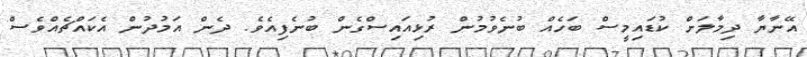
އޭނާޔާ ދިމާލަށް ކުޑައިމީސް ބަހެއް ބުނެވުމުން ރުޅިއައިސްގެން ބުނެފިއެވެ. ދެން އަމުދުން އެކައްޗެއްވެސް